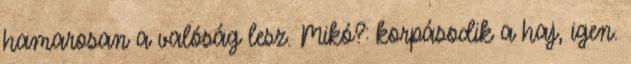
hamarosan a valóság lesz. Mikó?: korpásodik a haj, igen.